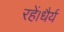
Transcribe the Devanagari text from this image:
रहें।धैर्य